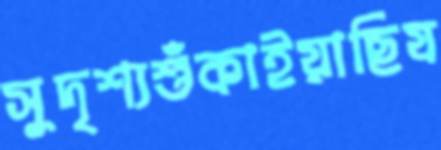
সুদৃশ্যশুঁকাইয়াছিয